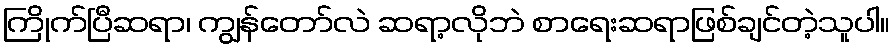
ကြိုက်ပြီဆရာ၊ ကျွန်တော်လဲ ဆရာ့လိုဘဲ စာရေးဆရာဖြစ်ချင်တဲ့သူပါ။